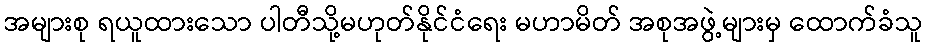
အများစု ရယူထားသော ပါတီသို့မဟုတ်နိုင်ငံရေး မဟာမိတ် အစုအဖွဲ့များမှ ထောက်ခံသူ